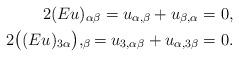
LaTeX: \begin{align*}2(Eu)_{\alpha\beta}=u_{\alpha,\beta}+u_{\beta,\alpha} & =0,\\2\big((Eu)_{3\alpha}\big),_\beta=u_{3,\alpha\beta}+u_{\alpha,3\beta} & =0.\end{align*}